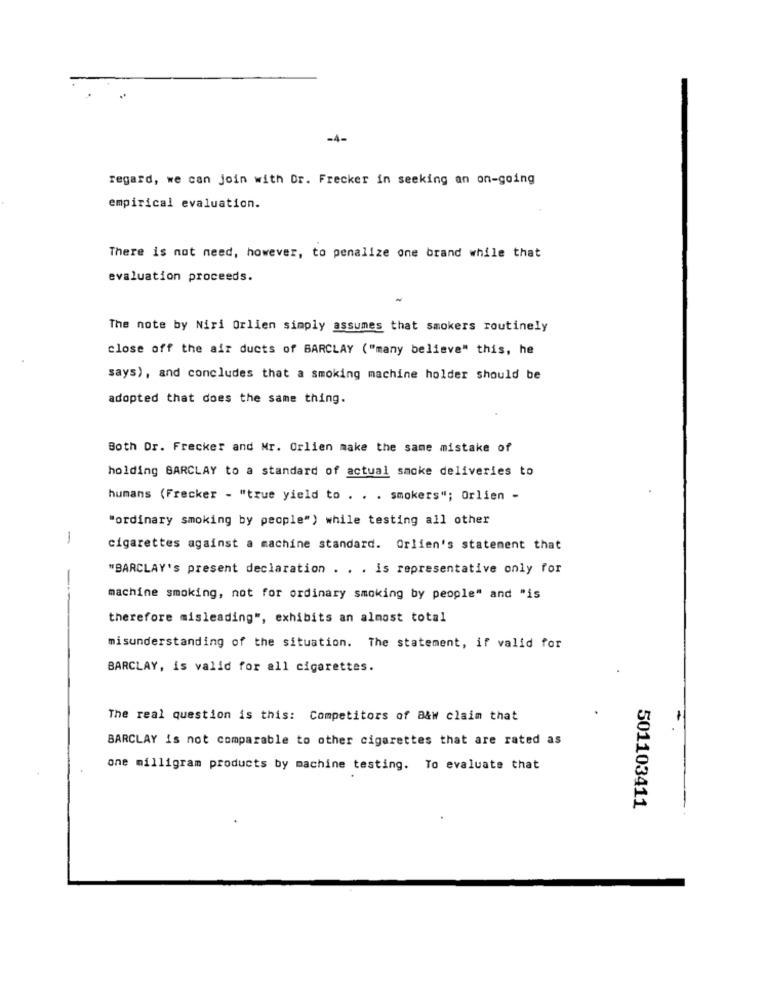
-4-
regard, we can join with Or. Frecker in seeking an on-going
empirical evaluation.
There is not need, however, to penalize one brand while that
evaluation proceeds.
The note by Niri Orlien simply assumes that smokers routinely
close off the air ducts of BARCLAY ("many believe" this, he
says), and concludes that a smoking machine holder should be
adopted that does the same thing.
Both Dr. Frecker and Mr. Orlien make the same mistake of
holding BARCLAY to a standard of actual smoke deliveries to
humans (Frecker - "true yield to . . . smokers"; Orlien -
"ordinary smoking by people") while testing all other
-
cigarettes against a machine standard. Orlien's statement that
"BARCLAY's present declaration . . . is representative only for
-
machine smoking, not for ordinary smoking by people" and "is
therefore misleading", exhibits an almost total
misunderstanding of the situation. The statement, if valid for
BARCLAY, is valid for all cigarettes.
The real question is this: Competitors of B&W claim that
BARCLAY is not comparable to other cigarettes that are rated as
one milligram products by machine testing. To evaluate that
501103411